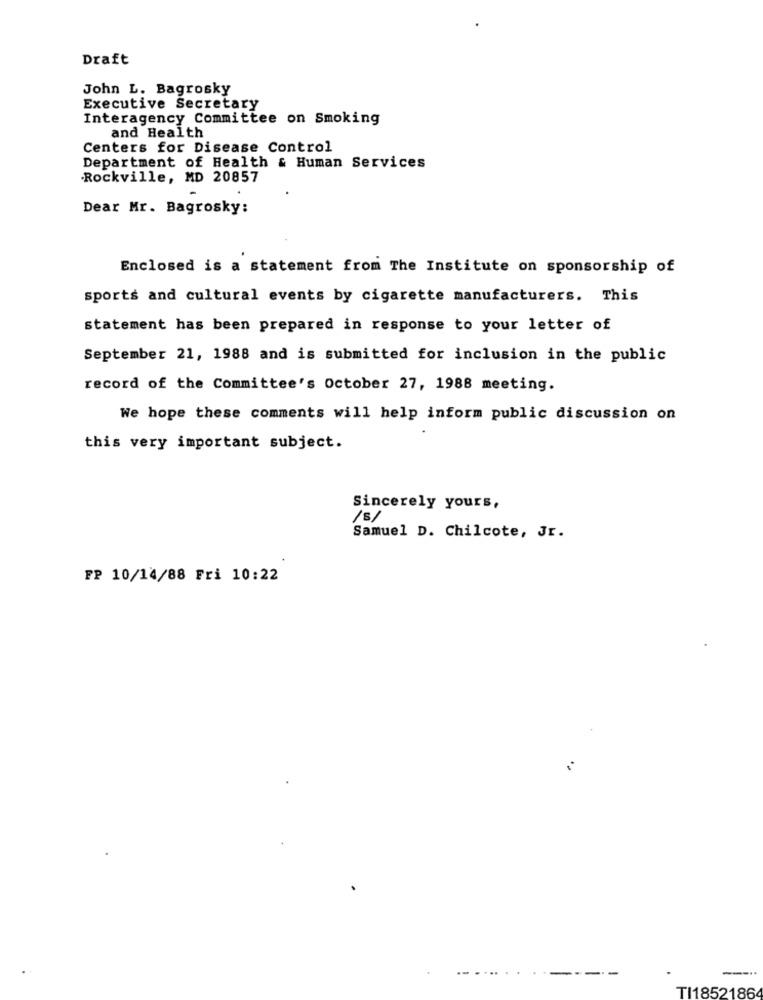
Draft
John L. Bagrosky
Executive Secretary
Interagency Committee on Smoking
and Health
Centers for Disease Control
Department of Health & Human Services
Rockville, MD 20857
Dear Mr. Bagrosky:
Enclosed is a statement from The Institute on sponsorship of
sports and cultural events by cigarette manufacturers. This
statement has been prepared in response to your letter of
September 21, 1988 and is submitted for inclusion in the public
record of the Committee's October 27, 1988 meeting.
We hope these comments will help inform public discussion on
this very important subject.
Sincerely yours,
/5/
Samuel D. Chilcote, Jr.
FP 10/14/88 Fri 10:22
....
-
TI18521864